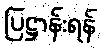
ပြဋ္ဌာန်းရန်